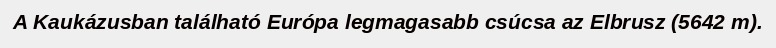
A Kaukázusban található Európa legmagasabb csúcsa az Elbrusz (5642 m).